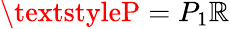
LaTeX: \textstyleP=P_{1}\mathbb{R}